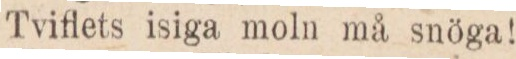
Tviflets isiga moln må snöga!